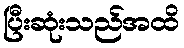
ပြီးဆုံးသည်အထိ